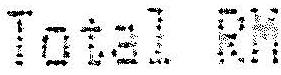
TOTAL RM